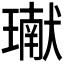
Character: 𤩽